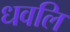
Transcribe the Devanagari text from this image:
धवलि